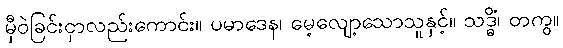
မှီဝဲခြင်းငှာလည်းကောင်း။ ပမာဒေန၊ မေ့လျော့သောသူနှင့်။ သဒ္ဓိံ၊ တကွ။